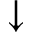
\downarrow